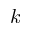
k